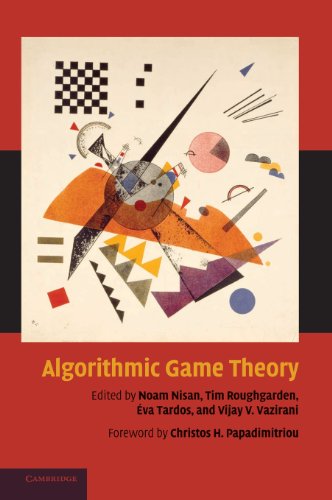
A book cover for Algorithmic Game Theory; Science & Math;